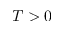
T > 0